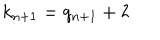
LaTeX: k _ { n + 1 } = q _ { n + 1 } + 2